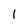
Character: 1